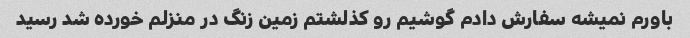
باورم نمیشه سفارش دادم گوشیم رو کذلشتم زمین زنگ در منزلم خورده شد رسید